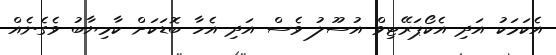
އެކަމަކު އަދި އެކޯޕަރޭޓިވް އުސޫލު ވެސް އަދި އެހާ ބޮޑަކަށް ކާމިޔާބު ވެގެނެއް